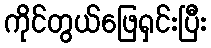
ကိုင်တွယ်ဖြေရှင်းပြီး